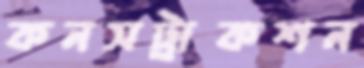
কনসট্রাকশন